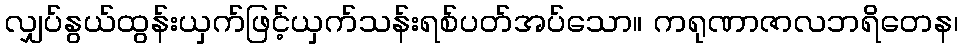
လျှပ်နွယ်ထွန်းယှက်ဖြင့်ယှက်သန်းရစ်ပတ်အပ်သော။ ကရုဏာဇာလဘရိတေန၊